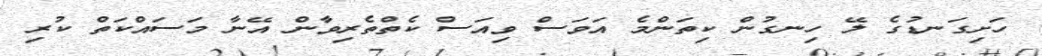
ހަށިގަނޑުގެ ލޭ ހިނގުން ކިތަންމެ އަވަސް ވިއަސް ކެތްތެރިވާން އޭނާ މަސައްކަތް ކުރި